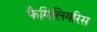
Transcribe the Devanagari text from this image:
फैमिलियरिस